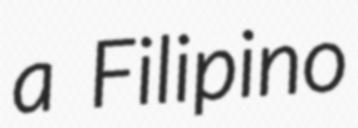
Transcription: a Filipino